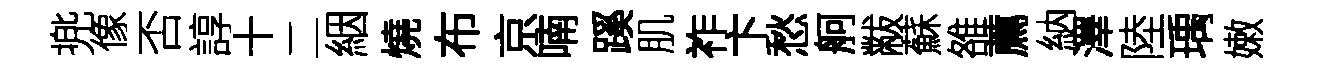
兠像否諄十二絪燒布京喃蹊肌祚卞愁舸黻蘇雒薦納澤陸瑀嫩